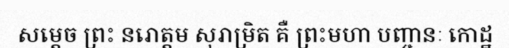
សម្តេច ព្រះ នរោត្តម សុរាម្រិត គឺ ព្រះមហា បញ្ចានៈ កោដ្ឋ